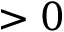
> 0